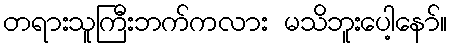
တရားသူကြီးဘက်ကလား မသိဘူးပေါ့နော်။